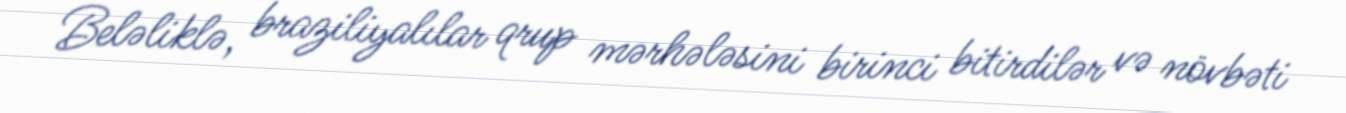
Beləliklə, braziliyalılar qrup mərhələsini birinci bitirdilər və növbəti